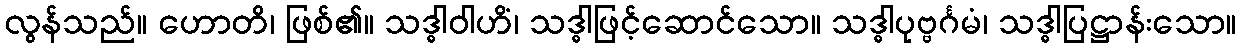
လွန်သည်။ ဟောတိ၊ ဖြစ်၏။ သဒ္ဓါဝါဟိံ၊ သဒ္ဓါဖြင့်ဆောင်သော။ သဒ္ဓါပုဗ္ဗင်္ဂမံ၊ သဒ္ဓါပြဋ္ဌာန်းသော။